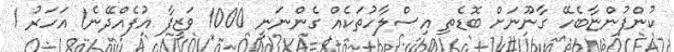
ކުންފުންޏާބެހޭ ގާނޫނަށް ބޮޑެތި އިސްލާހުތަކެއް ގެންނަނީ 1000 ވަޒީފާ އުފެއްދޭނެ1 އަހަރު 1